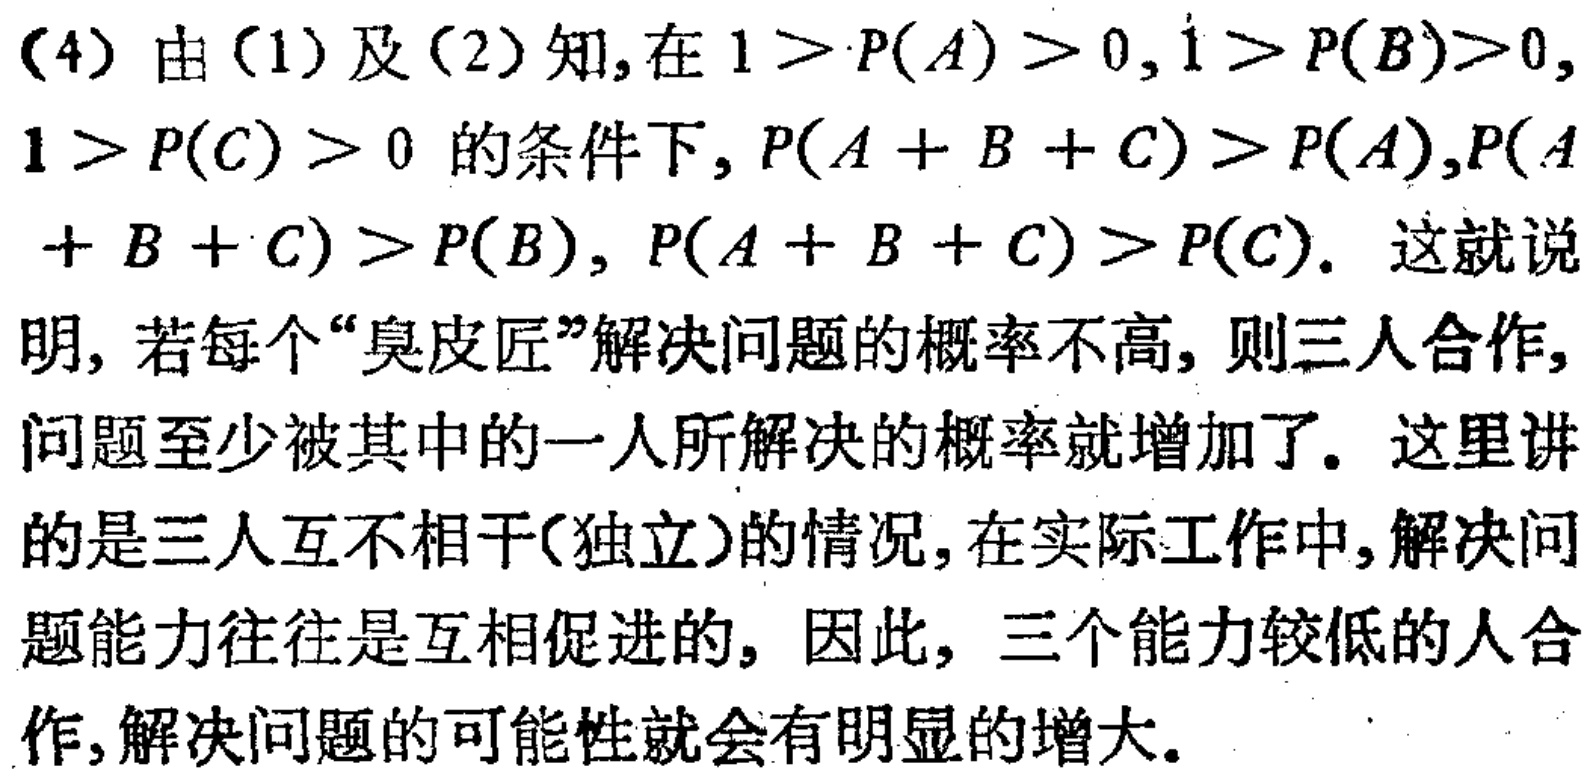
(4) 由(1)及(2)知, 在 \(1 > P(A)>0,1 > P(B)>0,1 > P(C)>0\) 的条件下, \(P(A + B + C)>P(A),P(A + B + C)>P(B),P(A + B + C)>P(C)\). 这就说明, 若每个“臭皮匠”解决问题的概率不高, 则三人合作, 问题至少被其中的一人所解决的概率就增加了. 这里讲的是三人互不相干(独立)的情况, 在实际工作中, 解决问题能力往往是互相促进的, 因此, 三个能力较低的人合作, 解决问题的可能性就会有明显的增大.